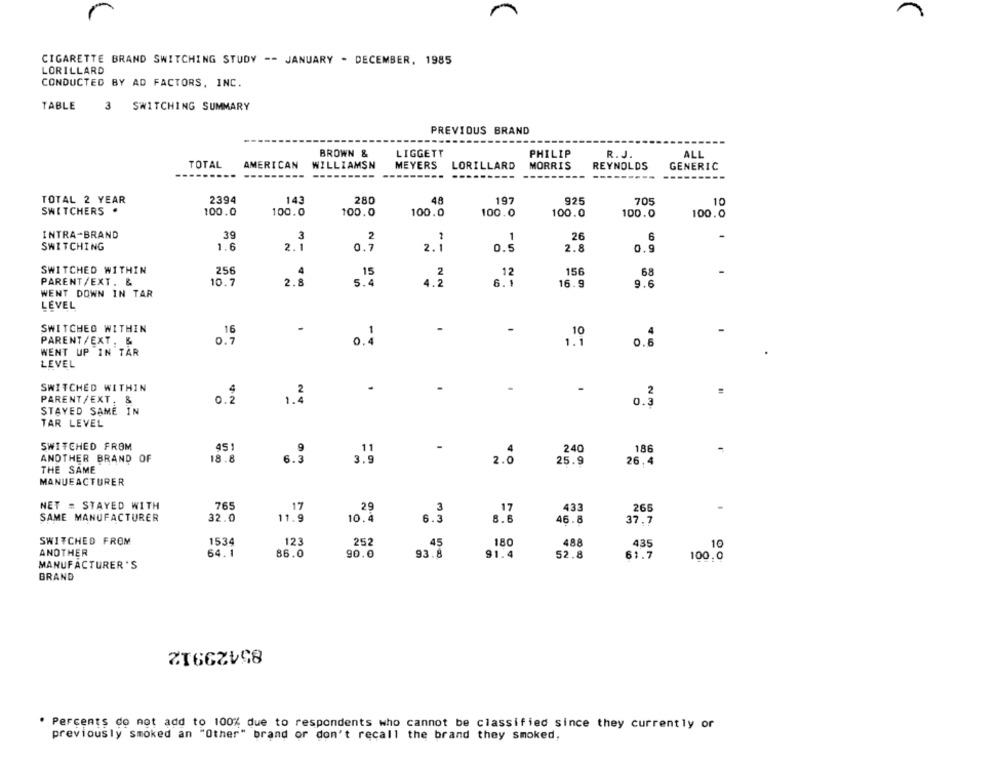
CIGARETTE BRAND SWITCHING STUDY -- JANUARY . DECEMBER, 1985
LORILLARD
CONDUCTED BY AD FACTORS, INC.
TABLE
SWITCHING SUMMARY
PREVIOUS BRAND
BROWN &
LIGGETT
PHILIP
R. J.
ALL
TOTAL
AMERICAN
WILLIAMSN
MEYERS
LORILLARD
MORRIS
REYNOLDS
GENERIC
TOTAL 2 YEAR
2394
143
280
46
197
925
705
10
SWITCHERS .
100.0
100.0
100.0
100.0
100.0
100.0
100.0
100.0
INTRA-BRAND
39
3
2
1
26
6
SWITCHING
1.6
2.1
0.7
2. 1
0.5
2.8
0.9
SWITCHED WITHIN
256
15
12
156
68
PARENT/EXT. &
10.7
2.
5.4
4.2
16.9
9.6
6.1
WENT DOWN IN TAR
LEVEL
SWITCHED WITHIN
16
-
-
-
10
4
PARENT/EXT. &
0.7
0.4
1.1
0.6
WENT UP IN TAR
LEVEL
SWITCHED WITHIN
-
PARENT/EXT. &
2
0.2
1.4
0.3
STAYED SAME IN
TAR LEVEL
SWITCHED FROM
451
-
240
186
ANOTHER BRAND OF
18.8
6.3
3.3
2.0
25.9
26.4
THE SAME
MANUEACTURER
NET = STAYED WITH
765
29
3
17
17
433
265
SAME MANUFACTURER
32.0
11.9
10.4
6.3
8.6
46.8
37.7
SWITCHED FROM
1534
123
252
15
180
488
435
ANOTHER
10
64.1
86.0
90.0
93.8
91.4
52.8
61.7
100.0
MANUFACTURER'S
BRAND
85423912
. Percents do not add to 100% due to respondents who cannot be classified since they currently or
previously smoked an "Other" brand or don't recall the brand they smoked,